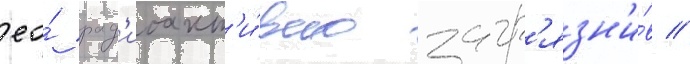
ео́ рад'иоакт'и́вно загр'язн'и́в //